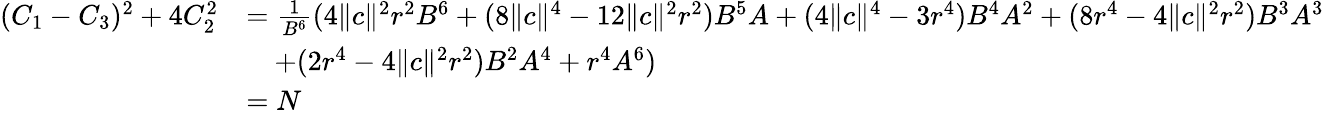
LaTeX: \begin{array}{rl}{(C_{1}-C_{3})^{2}+4C_{2}^{2}}&{=\frac{1}{B^{6}}(4\| c\| ^{2}r^{2}B^{6}+(8\| c\| ^{4}-12\| c\| ^{2}r^{2})B^{5}A+(4\| c\| ^{4}-3r^{4})B^{4}A^{2}+(8r^{4}-4\| c\| ^{2}r^{2})B^{3}A^{3}}\\ &{\quad+(2r^{4}-4\| c\| ^{2}r^{2})B^{2}A^{4}+r^{4}A^{6})}\\ &{=N}\end{array}